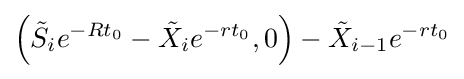
\left({\tilde {S}}_{i}e^{-Rt_{0}}-{\tilde {X}}_{i}e^{-rt_{0}},0\right)-{\tilde {X}}_{i-1}e^{-rt_{0}}